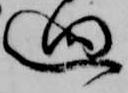
廻